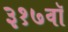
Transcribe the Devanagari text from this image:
३१७वॉ